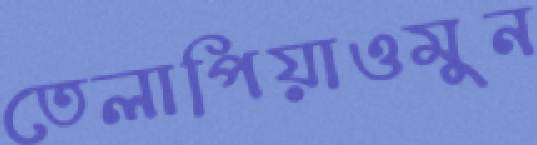
তেলাপিয়াওমুন